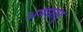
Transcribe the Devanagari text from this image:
अपधातु